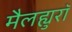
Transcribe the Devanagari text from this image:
मैलह्युरॉ